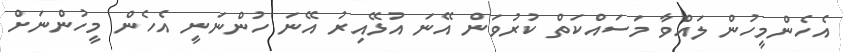
އެހެންމީހުން ލައްވާ މަސައްކަތް ކުރުވަން އޭނަ އުޅޭއިރު އޭނަ ހުންނަނީ އެހެން މީހުންނަށް